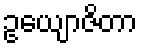
ဥယျောဇိတာ